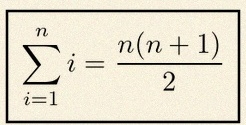
\sum_{i=1}^{n}i=\frac{n(n+1)}2